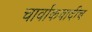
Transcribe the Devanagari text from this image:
चार्वाकवादीच